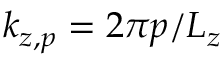
k _ { z , p } = 2 \pi p / L _ { z }